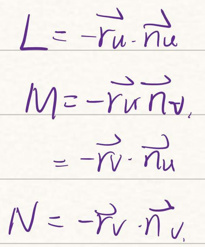
\begin{align*}
L &= -\vec{r}_{u} \cdot \vec{n}_{u}\\
M &= -\vec{r}_{u}\vec{r}_{v}\vec{n}_{v}\\
&= -\vec{r}_{v} \cdot \vec{n}_{u}\\
N &= -\vec{r}_{v} \cdot \vec{n}_{v}
\end{align*}